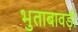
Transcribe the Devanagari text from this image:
भुताबावड़ी